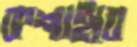
কশাইবে